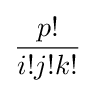
{\frac {p!}{i!j!k!}}